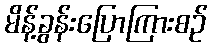
မိန့်ခွန်းပြောကြားစဉ်